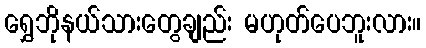
ရွှေဘိုနယ်သားတွေချည်း မဟုတ်ပေဘူးလား။